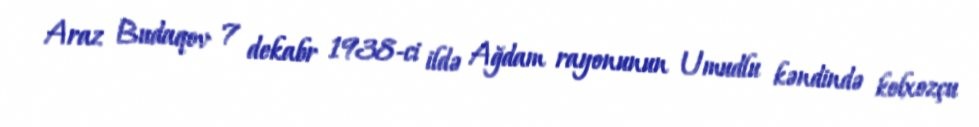
Araz Budaqov 7 dekabr 1938-ci ildə Ağdam rayonunun Umudlu kəndində kolxozçu